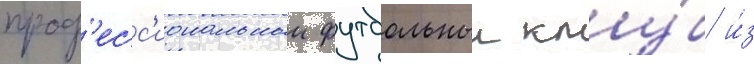
проф'есс'иональныи футбольныи клу́б и́з